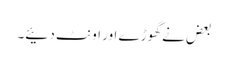
بعض نے گھوڑے اور اونٹ دئیے۔